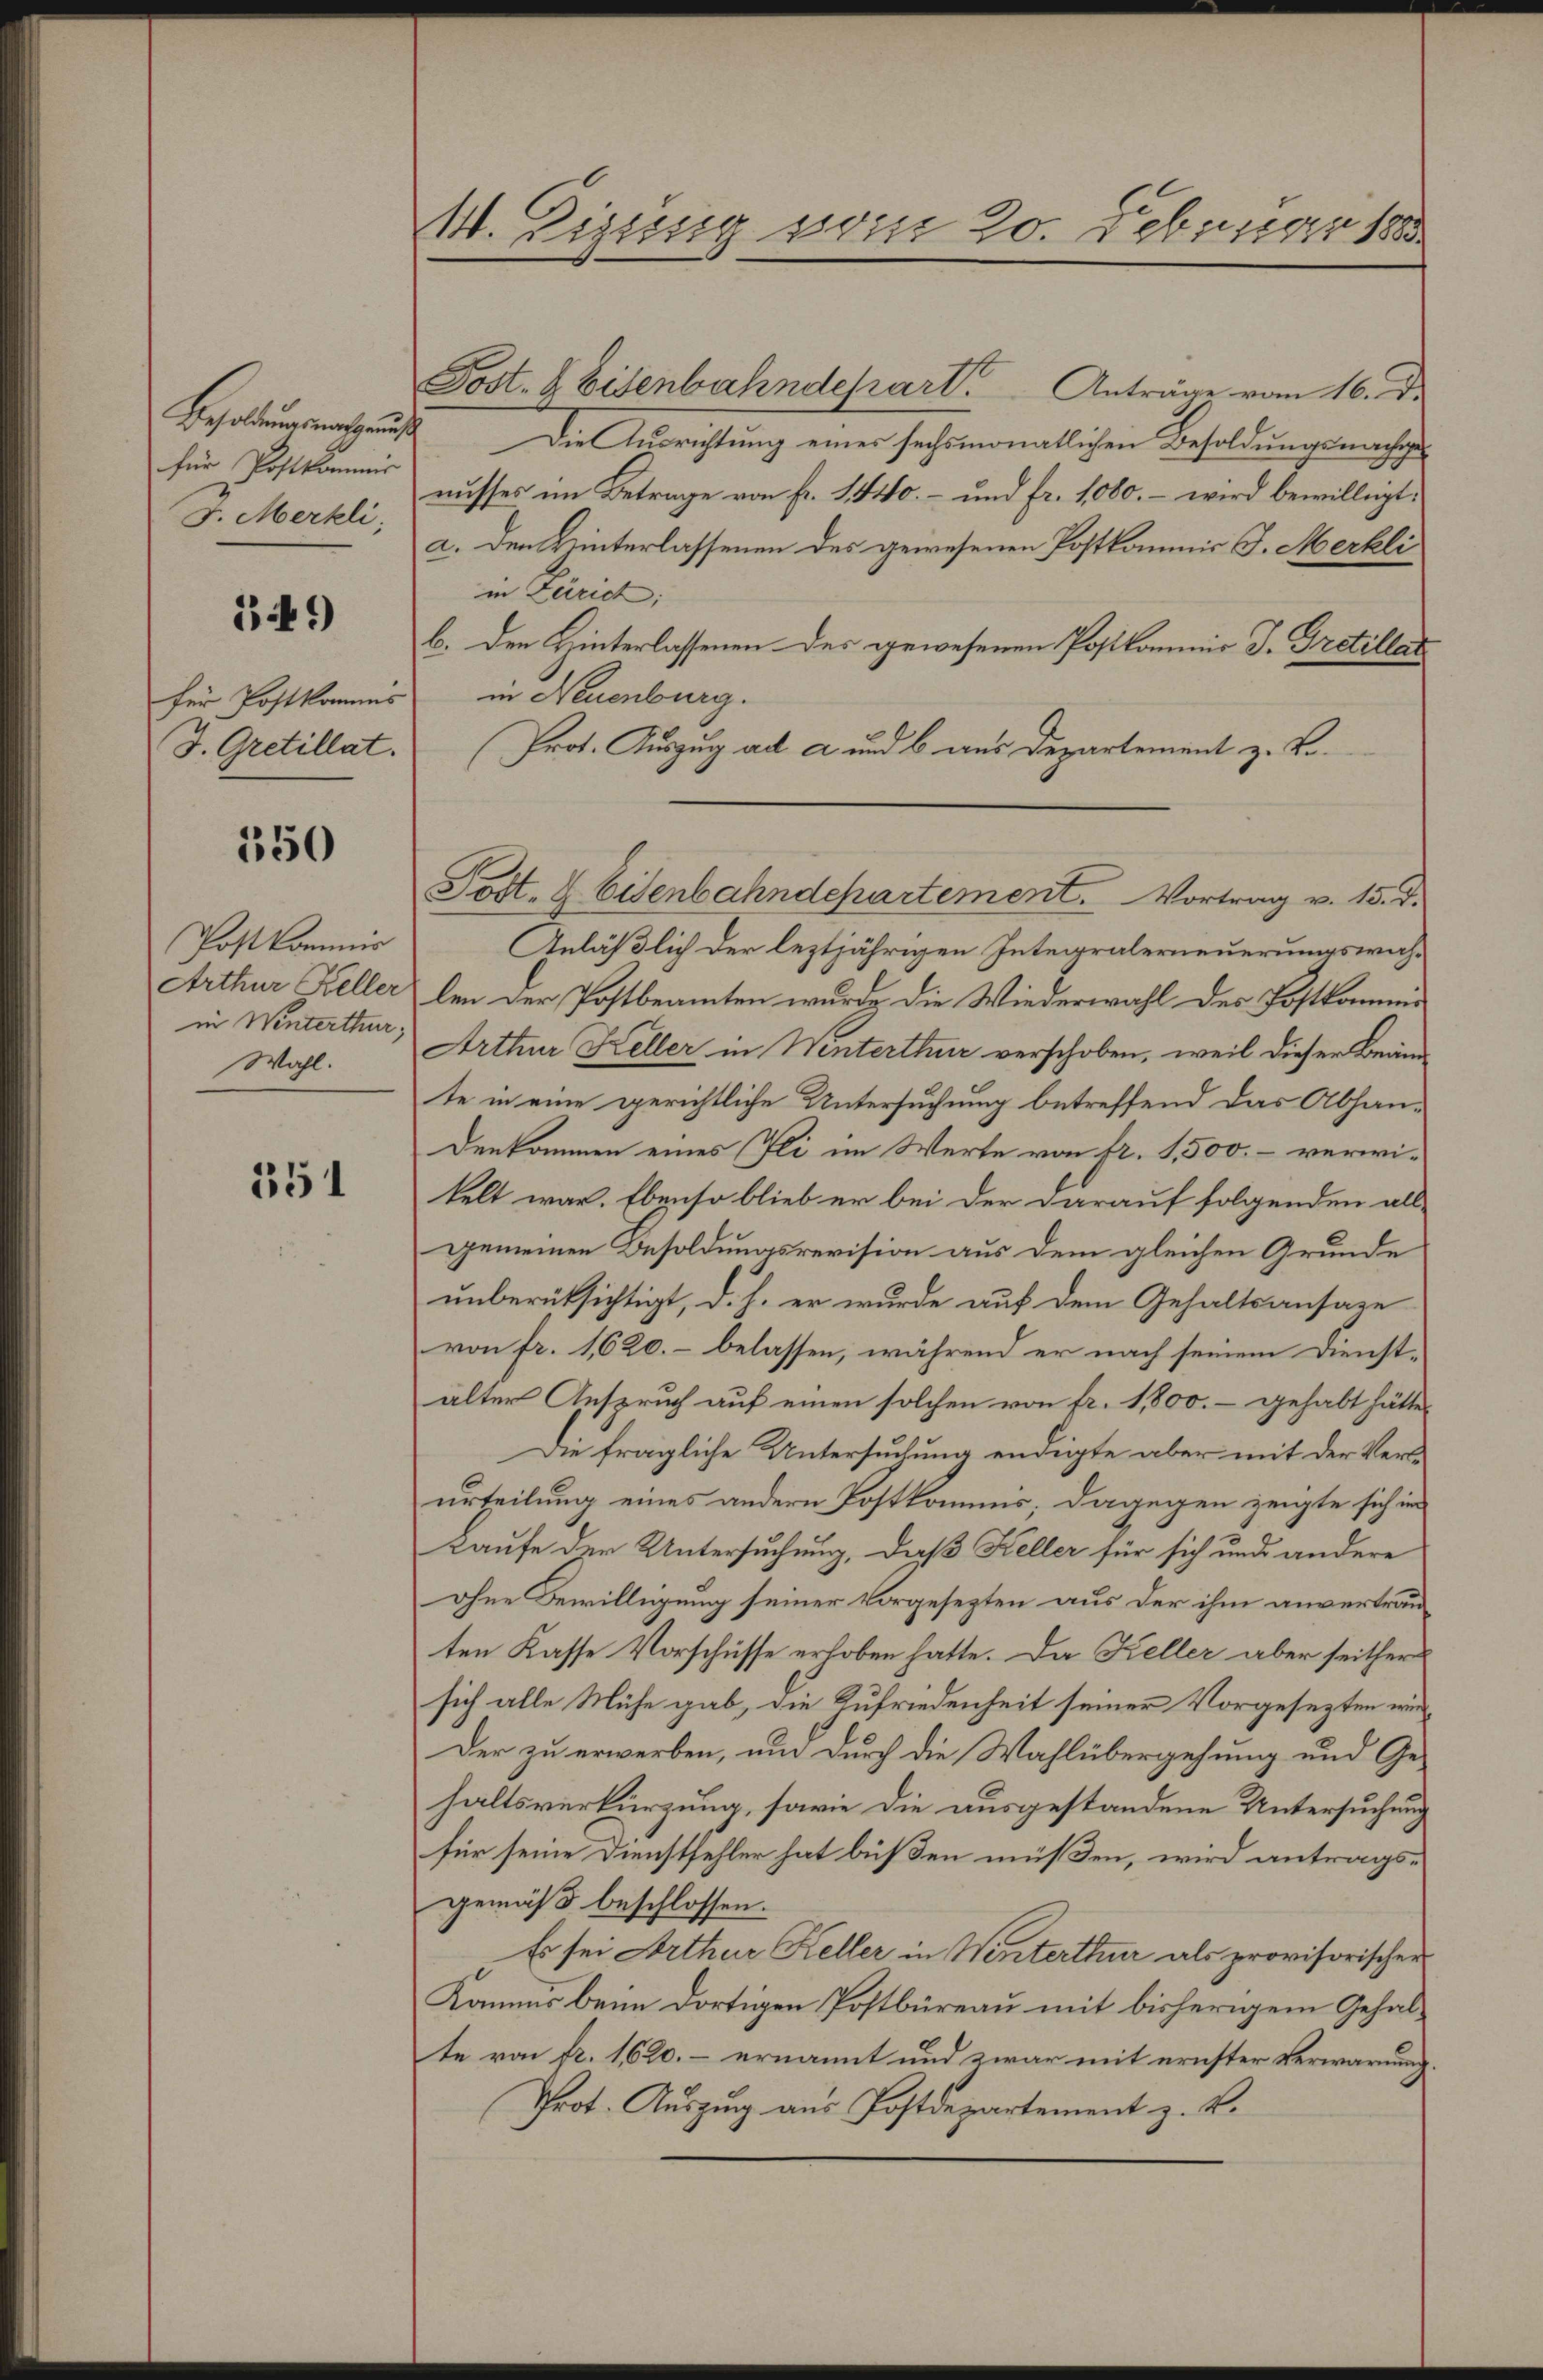
Besoldung nach auf
für Postkommis
J. Merkli,

149)

für Postkomms
J. Gretillat.

350

Post kommis
Arthur Keller
in Winterthur,
Wahl.

351

M. Zigung vom 20. Februar 1888

Post- & Eisenbahndepart. Anträge vom 16. d.
Die Ausrichtung eines sechsmonatlichen Besoldungsnachgenusses im Betrage von Fr. 1440.- und fr. 1080. – wird bewilligt,
a. Den Winterlassenen des gewesenen Postkommis J. Merkli
in Zürich;
b. den Hinterlassenen des gewesenen Postkommis J. Gretilles
in Neuenburg.
Prot. Auszug ad a und b. aus Departement z. B.
Anläßlich der leztjährigen Integralerneuerungswahlen der Postbeamten wurde die Wiederwahl der Postkommi
Arthur Keller in Winterthur verschoben, weil dieser Beamte in eine gerichtliche Untersuchung betreffend das Abhan-
Denkommen eines Pli im Werte von Fr. 1,500. – verwikelt war. Ebenso blieb er bei der darauf folgenden allgemeinen Besoldungsrevision aus dem gleichen Grunde
unberüksichtigt, d. h. er wurde auf dem Gehaltsansaze
von fr. 1620.- belassen, während er nach seinem Dienstalter Anspruch auf einen solchen von fr. 1,800.- gehabt hätte,
Die fragliche Untersuchung endigte aber mit der Verurteilung eines andern Postkommnis; dagegen zeigte sich im
kaufe der Untersuchung, daß Keller für sich und andere
ohne Bewilligung seiner vorgesezten aus der ihm anvertrauten Kasse Vorschüsse erhoben hatte. Da Keller aber seither
sich alle Mühe gab, die Zufriedenheit seiner Vorgesezten wir¬
Der zu erwerben, um durch die Wahlübergehung und Gehaltsverkürzung, sowie die ausgestandene Untersuchung
für seine Dienstfehler hat büßen müßen, wird antragsgemäß beschlossen:
Es sei Arthur Keller in Winterthur als provisorischer
Kamus beim dortigen Postbüreau mit bisherigem Gehalte von fr. 1620.- ernannt und zwar mit ernster Verwarnung.
Prot. Auszug aus Postdepartement z. B.

Pott. d. Eisenbahndepartement. Vortrag v. 15. d.